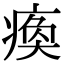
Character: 痪